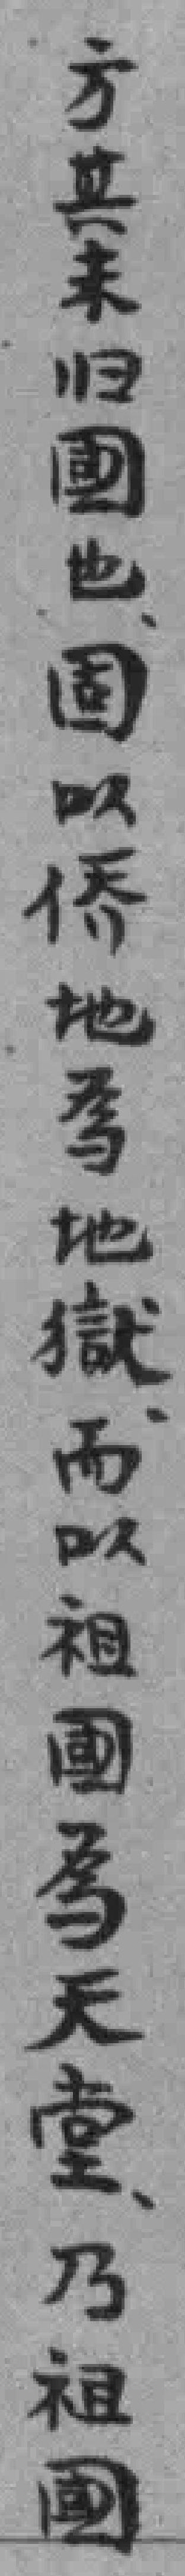
方其未归國也固以侨地為地獄而以祖國為天堂乃祖國